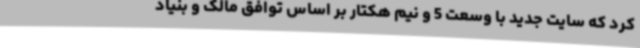
کرد که سایت جدید با وسعت 5 و نیم هکتار بر اساس توافق مالک و بنیاد